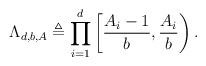
LaTeX: \begin{align*} \Lambda_{d,b,A} \triangleq \prod_{i=1}^d \left[\frac{A_i-1}{b},\frac{A_i}{b}\right). \end{align*}